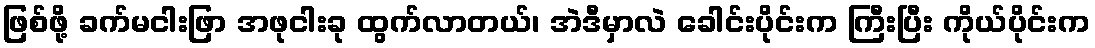
ဖြစ်ဖို့ ခက်မငါးဖြာ အဖုငါးခု ထွက်လာတယ်၊ အဲဒီမှာလဲ ခေါင်းပိုင်းက ကြီးပြီး ကိုယ်ပိုင်းက